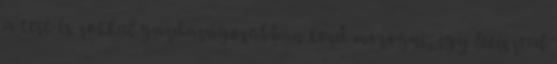
a test és sokkal gazdaságosabban kezd mozogni, így letisztul